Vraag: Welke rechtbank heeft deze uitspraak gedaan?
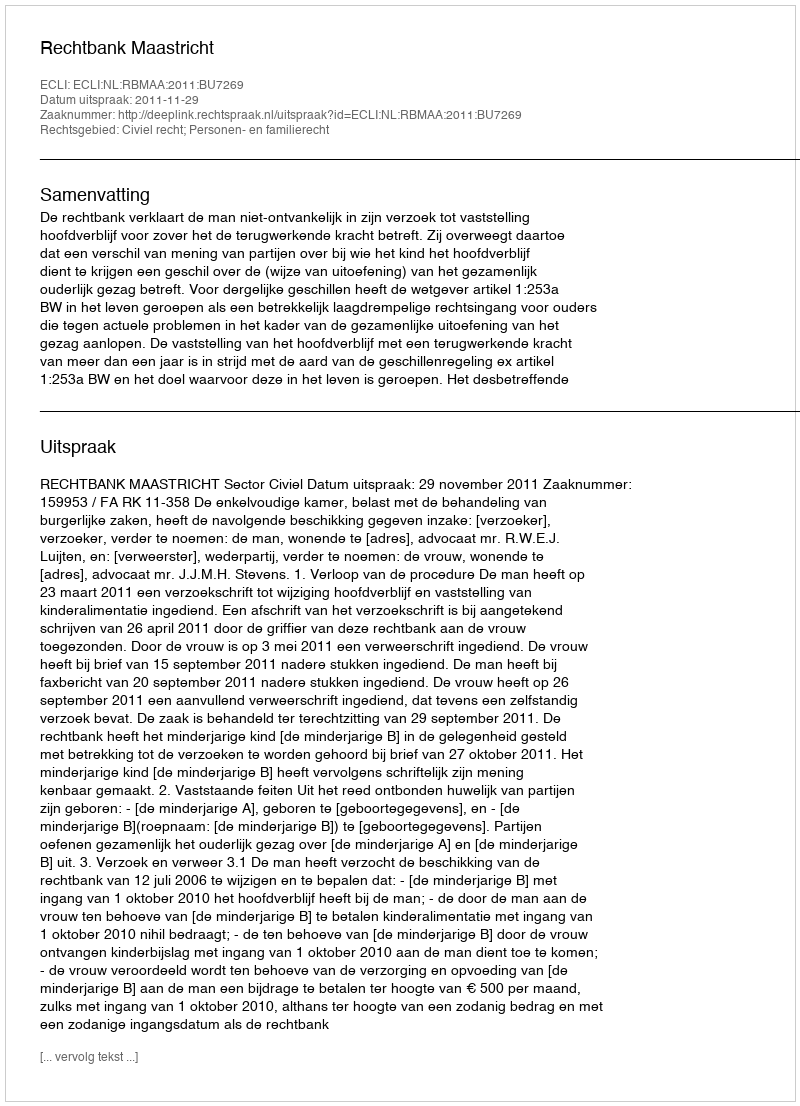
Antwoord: Rechtbank Maastricht